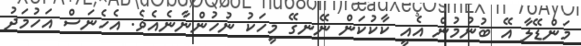
މަންޑޭލާ އޭ ބުނުމުން އެއީ ކާކުކަން ނޭނގޭ މީހަކު ނުހުންނާނެއެވެ. އެހެނަސް އަހުމަދު